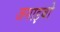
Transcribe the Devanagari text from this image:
जगाइबो